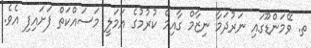
ތ. ވޭމަންޑޫގައި ނަރުދަމާ ނިޒާމް ގާއިމް ކުރުމުގެ އަމަލީ މަސައްކަތް ފަށައިފި އެވެ.